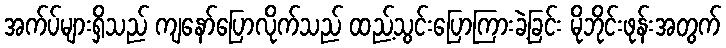
အက်ပ်များရှိသည် ကျနော်ပြောလိုက်သည် ထည့်သွင်းပြောကြားခဲ့ခြင်း မိုဘိုင်းဖုန်းအတွက်